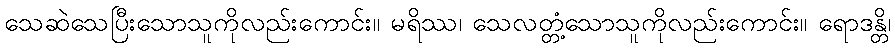
သေဆဲသေပြီးသောသူကိုလည်းကောင်း။ မရိဿ၊ သေလတ္တံ့သောသူကိုလည်းကောင်း။ ရောဒန္တိ၊